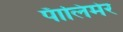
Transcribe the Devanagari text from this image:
पॅालिमेर